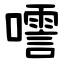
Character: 㘊